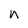
Character: n